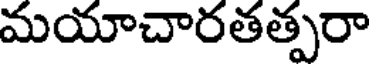
మయాచారతత్పరా